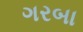
ગરબા